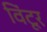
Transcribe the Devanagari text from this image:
विंटूर